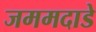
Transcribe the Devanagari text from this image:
जममदाडे